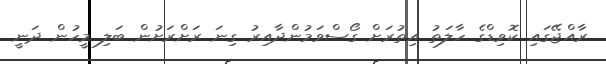
ރާއްޖޭގައި ކޮވިޑްގެ ހާލަތު އިތުރަށް ގޯސްވަމުންދާއިރު ގިނަ ރަށްރަށުން ބަލި މީހުން ދަނީ